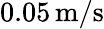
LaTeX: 0.05\, \mathrm{m}/\mathrm{s}